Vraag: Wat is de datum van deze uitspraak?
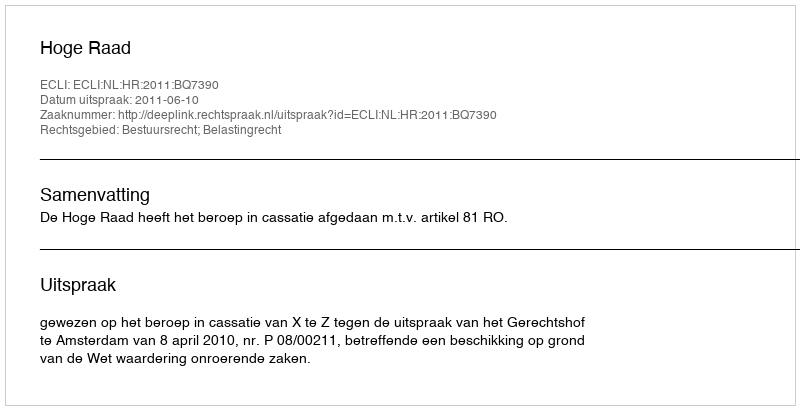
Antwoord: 2011-06-10